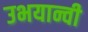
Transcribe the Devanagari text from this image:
उभयान्वी